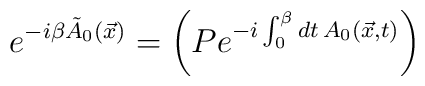
e^{-i\beta \tilde{A}_{0}(\vec{x})} = \left(P e^{-i\int_{0}^{\beta}dt\,A_{0}(\vec{x},t)}\right)